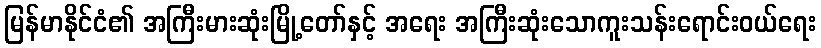
မြန်မာနိုင်ငံ၏ အကြီးမားဆုံးမြို့တော်နှင့် အရေး အကြီးဆုံးသောကူးသန်းရောင်းဝယ်ရေး